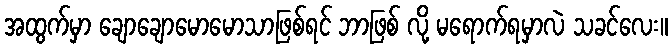
အထွက်မှာ ချောချောမောမောသာဖြစ်ရင် ဘာဖြစ် လို့ မရောက်ရမှာလဲ သခင်လေး။